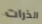
الذرات